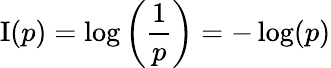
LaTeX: \operatorname{I}(p)=\log\left({\frac{1}{p}}\right)=-\log(p)